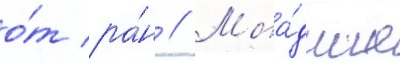
о́т ра́н // Мла́дшие